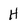
Character: H